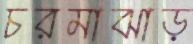
চরমাঝাড়